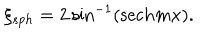
\xi _ { s p h } = 2 \sin ^ { - 1 } ( \mathrm { s e c h } m x ) .